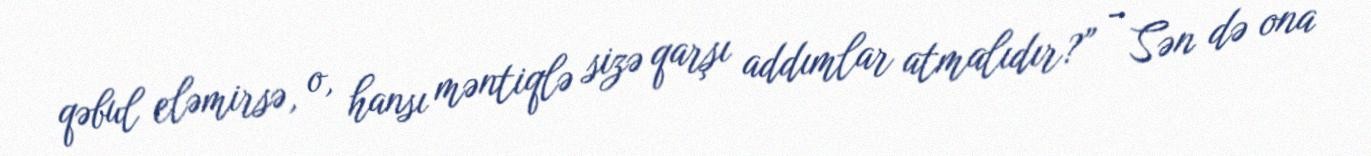
qəbul eləmirsə, o, hansı məntiqlə sizə qarşı addımlar atmalıdır?” - Sən də ona